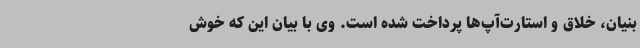
‌بنیان، خلاق و استارت‌آپ‌ها پرداخت شده است. وی با بیان این که خوش